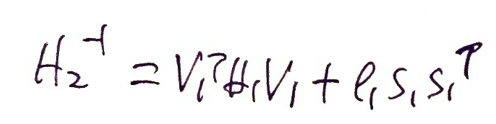
\[
H_2^{\dagger}=V_1^{\dagger}H_1V_1 + e_1s_1s_1^{\dagger}
\]